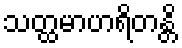
သတ္ထမာဟရိတန္တိ